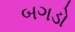
બગડો